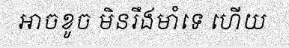
អាចខូច មិនរឹងមាំទេ ហើយ